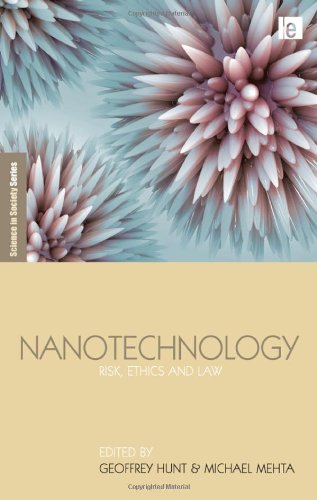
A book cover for Nanotechnology: Risk, Ethics and Law (The Earthscan Science in Society Series); Law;